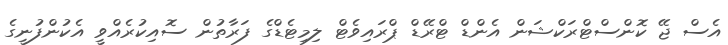
އެސް ޖޭ ކޮންސްޓްރަކްޝަން އެންޑް ޓްރޭޑް ޕްރައިވެޓް ލިމިޓެޑްގެ ފަރާތުން ސޮއިކުރެއްވީ އެކުންފުނީގެ